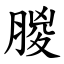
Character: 朡